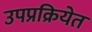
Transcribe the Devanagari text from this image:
उपप्रक्रियेत